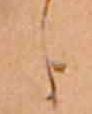
し